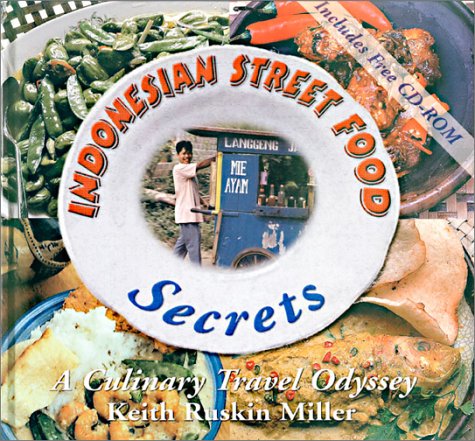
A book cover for Indonesian Street Food Secrets: A Culinary Travel Odyssey; Keith Ruskin Miller; Cookbooks, Food & Wine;